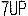
7UP